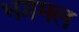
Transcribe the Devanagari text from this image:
भगमल